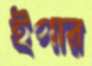
ইগার